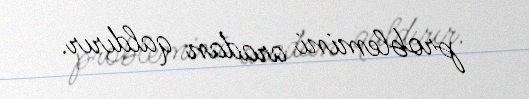
problemini aradan qaldırır.